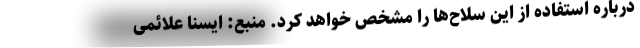
درباره استفاده از این سلاح‌ها را مشخص خواهد کرد. منبع: ایسنا علائمی